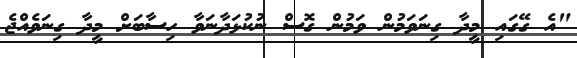
"އެ ގޭގައި މީދާ ގިނަވަމުން ވަމުން ގޮސް ނުކުޅަދާނަވާ ހިސާބަށް މީދާ ގިނަވެއްޖެ